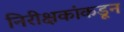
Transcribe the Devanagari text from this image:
निरीक्षकांकडून